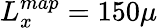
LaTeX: L_{x}^{map}=150\mu